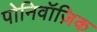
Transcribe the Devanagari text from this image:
पोनिवॉज़िक